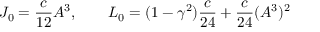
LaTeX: J _ { 0 } = \frac { c } { 1 2 } A ^ { 3 } , \qquad L _ { 0 } = ( 1 - \gamma ^ { 2 } ) \frac { c } { 2 4 } + \frac { c } { 2 4 } ( A ^ { 3 } ) ^ { 2 }